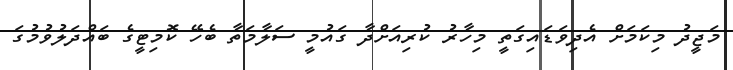
މަޖީދު މިކަމަށް އެދިވަޑައިގަތީ މިހާރު ކުރިއަށްދާ ގައުމީ ސަލާމަތާ ބެހޭ ކޮމިޓީގެ ބައްދަލުވުމުގަ